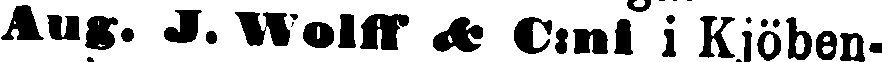
Aug. J. Wolff & C:ni i Kjöben-